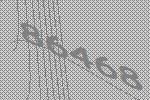
86468